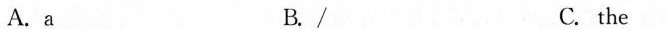
A.a B./ C. the